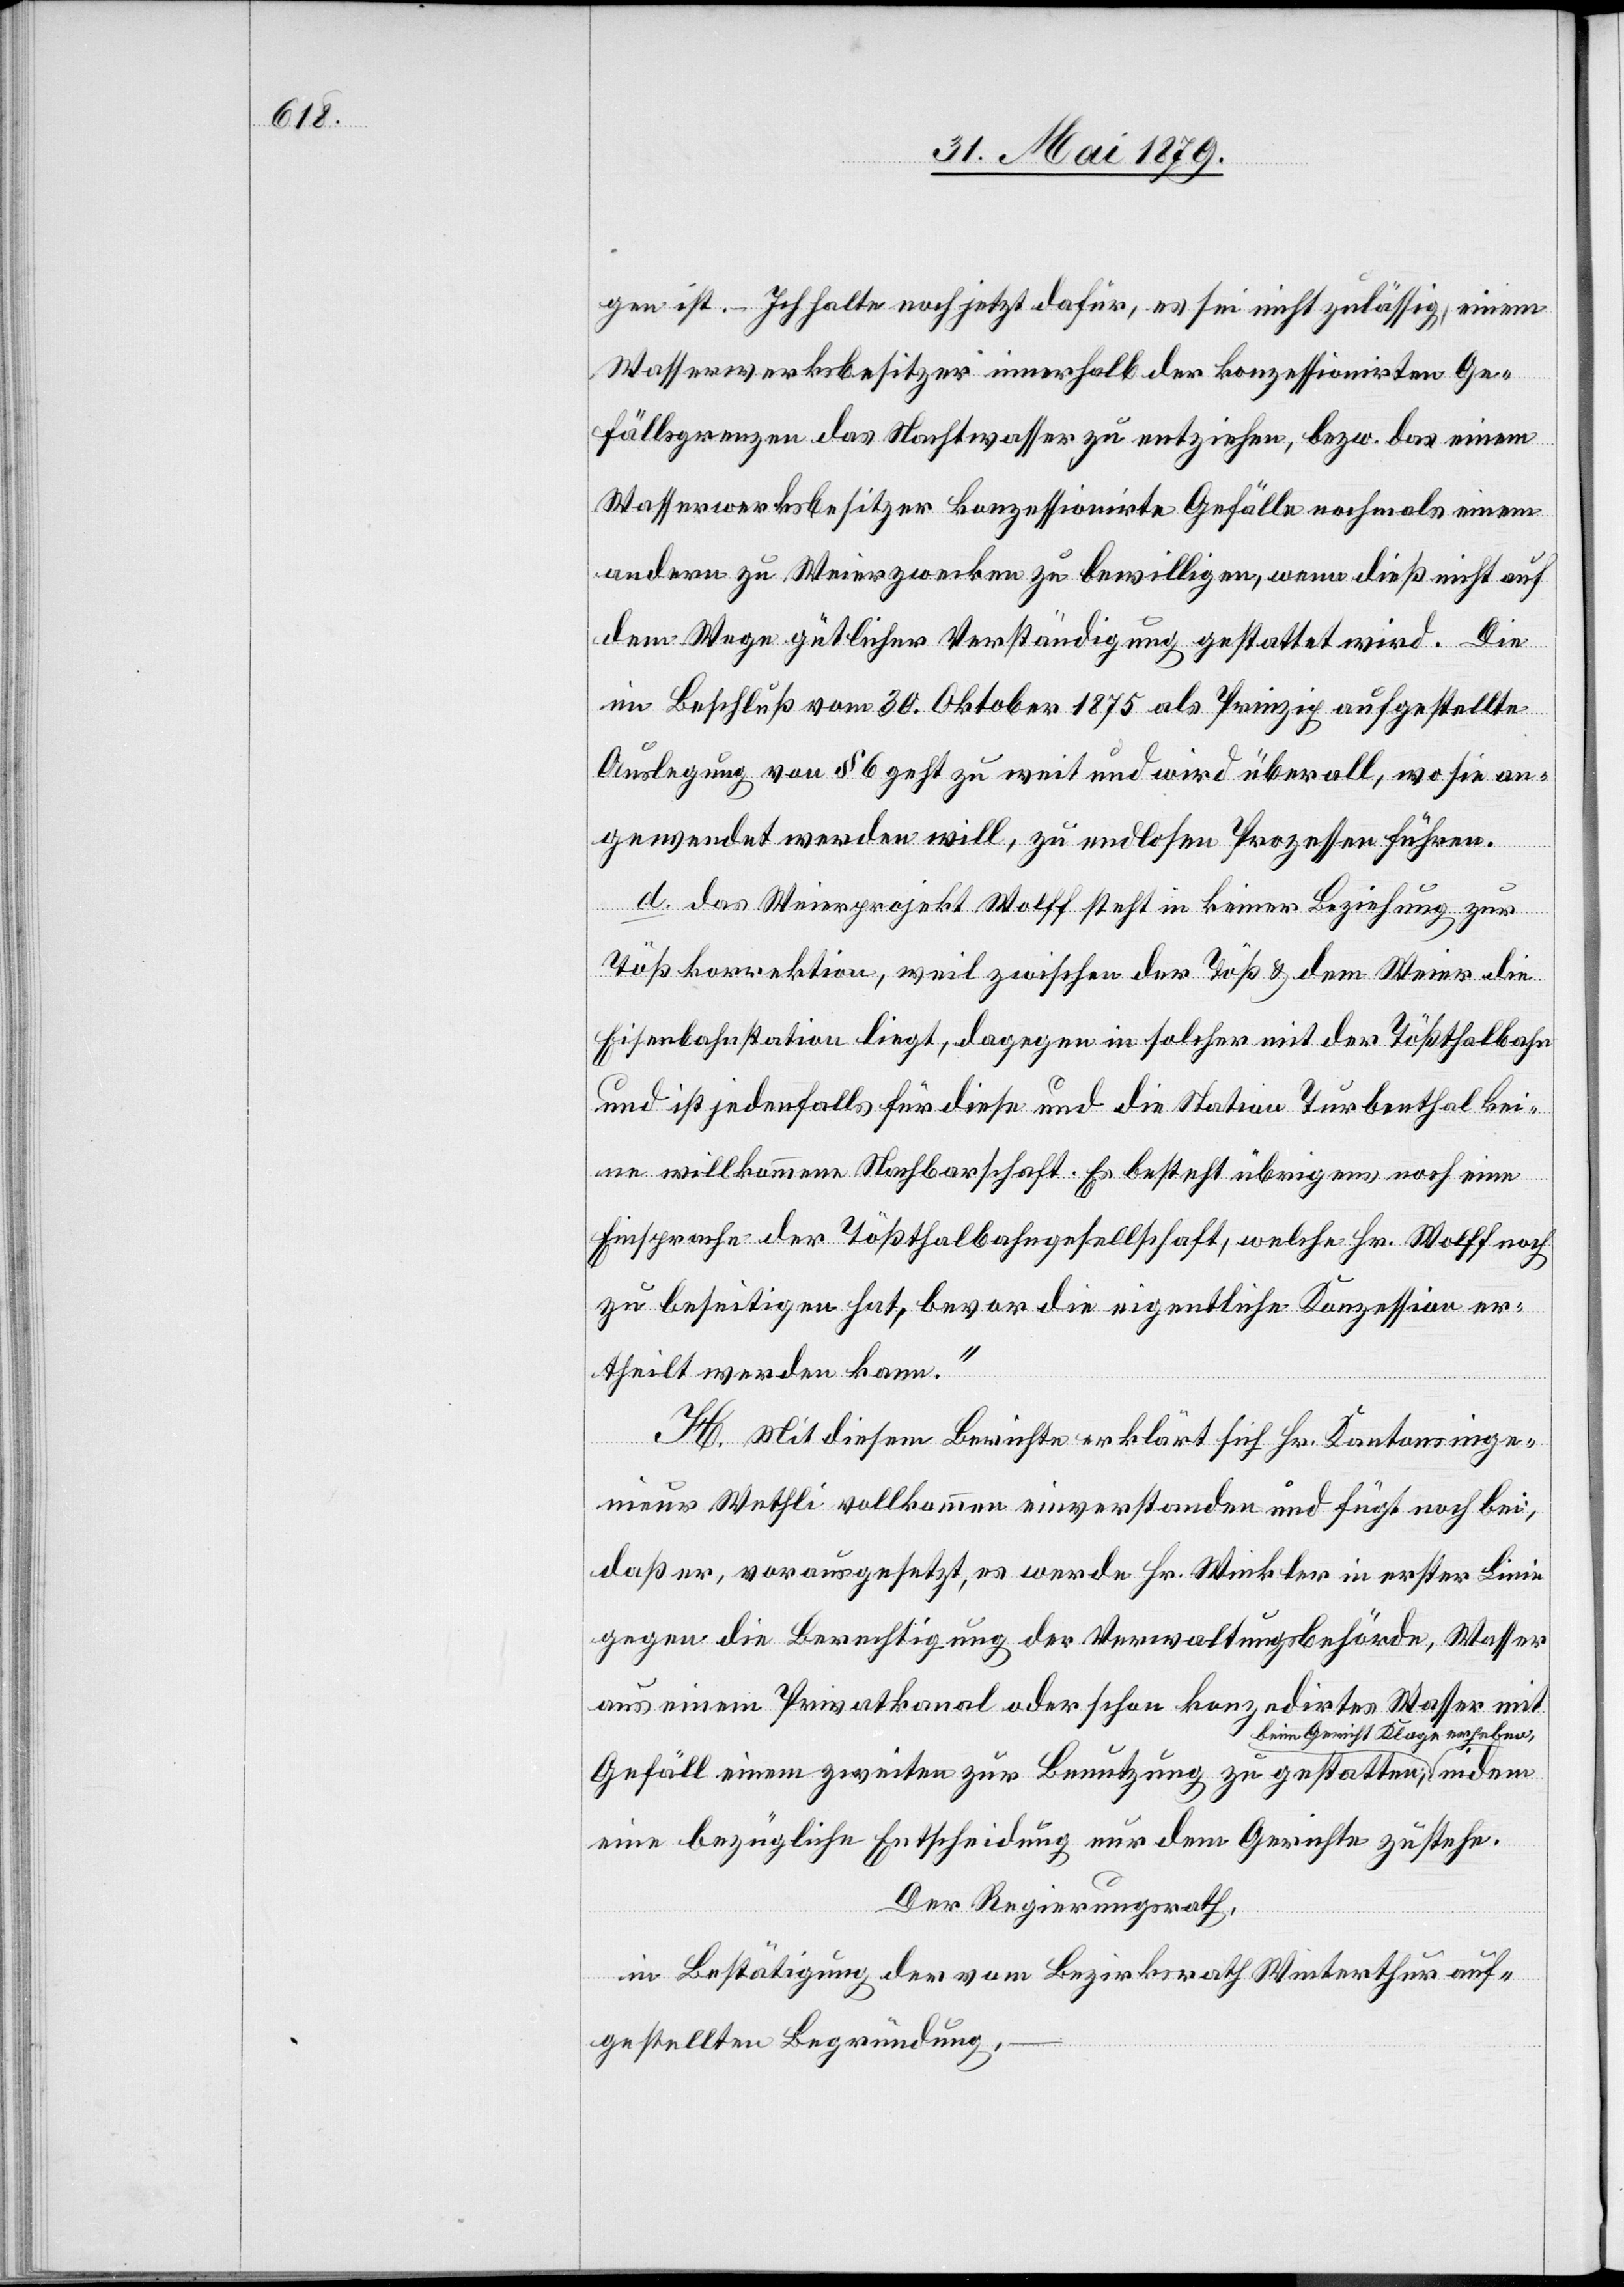
gen ist. – Ich halte noch jetzt dafür, es sei nicht zulässig, einem
Wasserwerksbesitzer innerhalb der konzessionirten Ge¬
zur
fällsgrenzen das Nachtwasser zu entziehen, bezw. das einem
Wasserwerksbesitzer konzessionirte Gefälle nochmals einem
andern zu Weierzwecken zu bewilligen, wenn dieß nicht auf
dem Wege gütlicher Verständigung gestattet wird. Die
im Beschluß vom 30. Oktober 1875 als Prinzip aufgestellte
Auslegung von § 6 geht zu weit und wird überall, wo sie an¬
gewendet werden will, zu endlosen Prozessen führen.
indem
Tößkorrektion, weil zwischen der Töß & dem Weier die
Eisenbahnstation liegt, dagegen in solcher mit der Tößthalbahn
und ist jedenfalls für diese und die Station Turbenthal kei¬
ne willkommene Nachbarschaft. Es besteht übrigens noch eine
Einsprache der Tößthalbahngesellschaft, welche Hr. Wolff noch
zu beseitigen hat, bevor die eigentliche Konzession er¬
theilt werden kann.“
H. Mit diesem Berichte erklärt sich Hr. Kantonsinge¬
nieur Wethli vollkommen einverstanden und fügt noch bei,
daß er, vorausgesetzt, es werde Hr. Winkler in erster Linie
gegen die Berechtigung der Verwaltungsbehörde, Wasser
aus einem Privatkanal oder schon konzedirtes Wasser mit
beim Gericht Klage erheben,
Gefäll einem zweiten zur Benutzung zu gestatten,
eine bezügliche Entscheidung nur dem Gerichte zustehe.
Der Regierungsrath,
in Bestätigung der vom Bezirksrath Winterthur auf¬
gestellten Begründung,